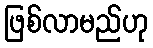
ဖြစ်လာမည်ဟု